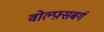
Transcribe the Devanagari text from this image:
वोल्फ़्सबर्ग